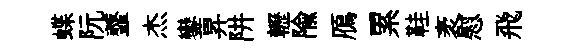
蝶阮虀杰鑾昇阱轣隃鴈累鞋袤慰飛